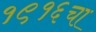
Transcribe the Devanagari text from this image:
१९१६चा